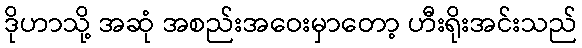
ဒိုဟာသို့ အဆုံ အစည်းအဝေးမှာတော့ ဟီးရိုးအင်းသည်